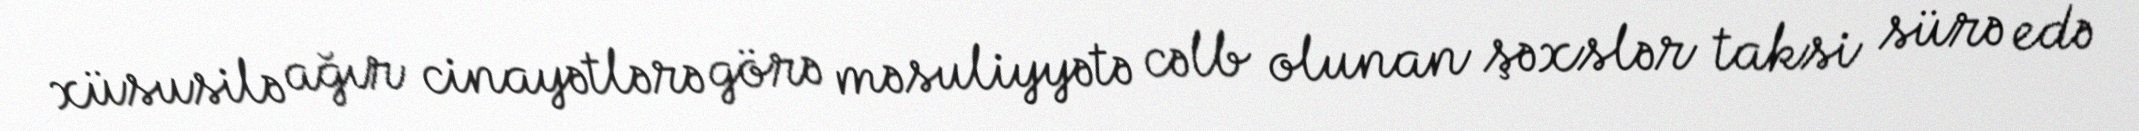
xüsusilə ağır cinayətlərə görə məsuliyyətə cəlb olunan şəxslər taksi sürə edə